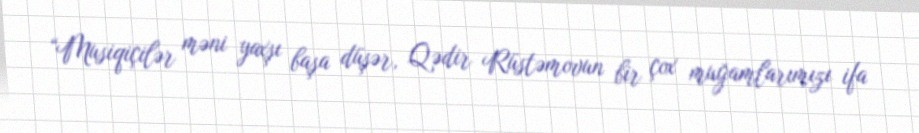
“Musiqiçilər məni yaxşı başa düşər, Qədir Rüstəmovun bir çox muğamlarımızı ifa